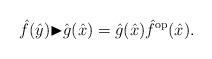
LaTeX: \begin{gather*}\hat{f}(\hat{y}){\blacktriangleright}\hat{g}(\hat{x})=\hat{g}(\hat{x})\hat{f}^{\rm op}(\hat{x}).\end{gather*}